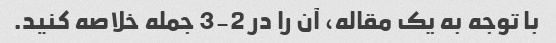
با توجه به یک مقاله، آن را در 2-3 جمله خلاصه کنید.